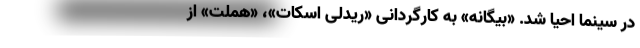
در سینما احیا شد. «بیگانه» به کارگردانی «ریدلی اسکات»، «هملت» از